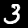
Label: 3